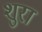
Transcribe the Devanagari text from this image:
शुरा